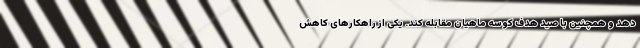
دهد و همچنین با صید هدف کوسه ماهیان مقابله کند. یکی از راهکارهای کاهش